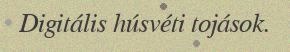
Digitális húsvéti tojások.